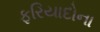
ફરિયાદોના